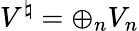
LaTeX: V^{\natural}=\oplus_{n}V_{n}